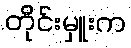
တိုင်းမှူးက